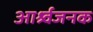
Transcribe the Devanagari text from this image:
आर्श्र्वजनक